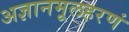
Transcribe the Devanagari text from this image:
अज्ञानमूलहरणं